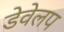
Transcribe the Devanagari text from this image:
डेवेलप